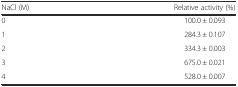
<table><thead><tr><td><b>NaCl (M)</b></td><td><b>Relative activity (%)</b></td></tr></thead><tbody><tr><td>0</td><td>100.0 ± 0.093</td></tr><tr><td>1</td><td>284.3 ± 0.107</td></tr><tr><td>2</td><td>334.3 ± 0.003</td></tr><tr><td>3</td><td>675.0 ± 0.021</td></tr><tr><td>4</td><td>528.0 ± 0.007</td></tr></tbody></table>